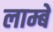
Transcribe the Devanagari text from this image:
लाम्बे